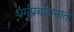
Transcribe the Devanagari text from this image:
धर्मप्रबोधनात